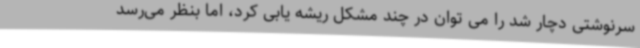
سرنوشتی دچار شد را می توان در چند مشکل ریشه یابی کرد، اما بنظر می‌رسد